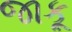
જાકૂ